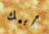
أبيك